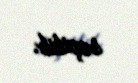
seçilib.